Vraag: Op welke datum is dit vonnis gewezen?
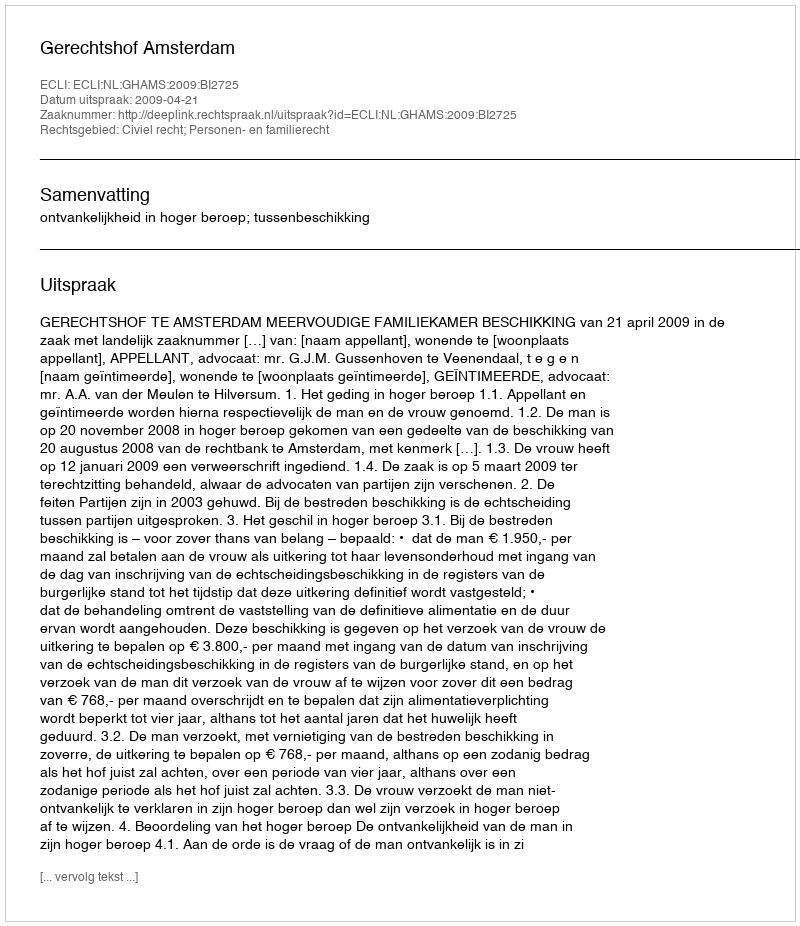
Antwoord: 2009-04-21